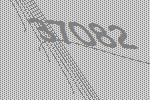
37082